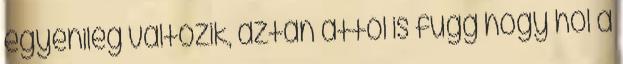
egyénileg változik, aztán attól is függ hogy hol a